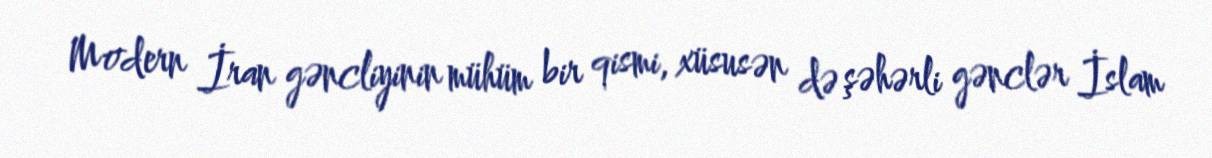
Modern İran gəncliyinin mühüm bir qismi, xüsusən də şəhərli gənclər İslam